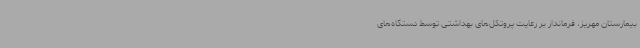
بیمارستان مهریز،‌ فرماندار بر رعایت پروتکل‌های بهداشتی توسط دستگاه‌های